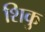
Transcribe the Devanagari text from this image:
शिकु